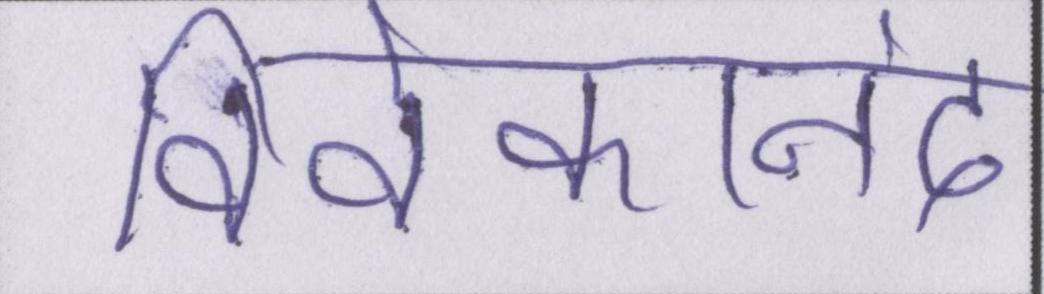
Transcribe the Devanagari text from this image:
विवेकानंद